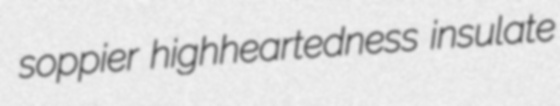
soppier highheartedness insulate